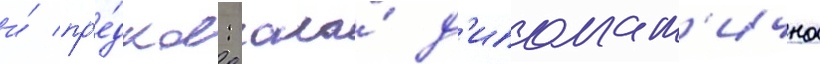
и́ пр'е́дков: она́ д'ипломат'ична